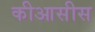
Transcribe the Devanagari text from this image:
कीआसीस